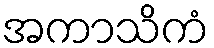
အကာသိကံ